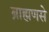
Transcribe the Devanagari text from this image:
ब्राह्मणसे